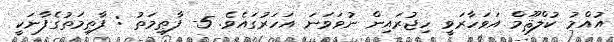
އުއްމު ކުލްޘޫމް އަވަހާރަވީ ހިޖުރައިން ނުވަވަނަ އަހަރުގައެވެ. 5- ފާޠިމަތު : ފާޠިމަތުގެފާނަކީ